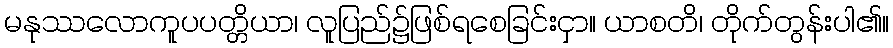
မနုဿလောကူပပတ္တိယာ၊ လူပြည်၌ဖြစ်ရစေခြင်းငှာ။ ယာစတိ၊ တိုက်တွန်းပါ၏။